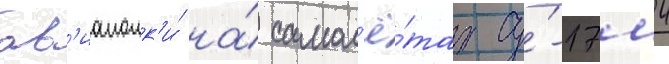
ав'иаполк'и́ на́ самол'ё́тах су́-17м4